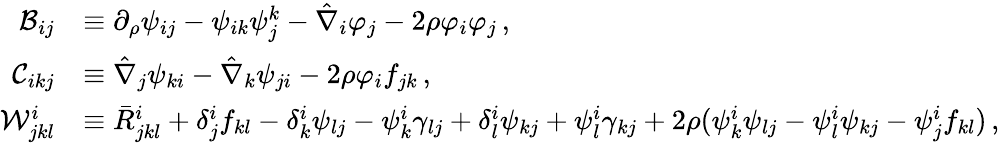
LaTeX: \begin{array}{rl}{{\cal B}_{ij}}&{\equiv\partial_{\rho}\psi_{ij}-\psi_{ik}\psi_{j}^{k}-\hat{\nabla}_{i}\varphi_{j}-2\rho\varphi_{i}\varphi_{j}\, ,}\\ {{\cal C}_{ikj}}&{\equiv\hat{\nabla}_{j}\psi_{ki}-\hat{\nabla}_{k}\psi_{ji}-2\rho\varphi_{i}f_{jk}\, ,}\\ {{\mathcal W}^{i}_{jkl}}&{\equiv\bar{R}^{i}_{jkl}+\delta_{j}^{i}f_{kl}-\delta_{k}^{i}\psi_{lj}-\psi_{k}^{i}\gamma_{lj}+\delta_{l}^{i}\psi_{kj}+\psi_{l}^{i}\gamma_{kj}+2\rho(\psi_{k}^{i}\psi_{lj}-\psi_{l}^{i}\psi_{kj}-\psi_{j}^{i}f_{kl})\, ,}\end{array}